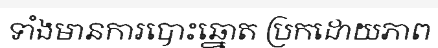
ទាំងមានការបោះឆ្នោត ប្រកដោយភាព